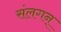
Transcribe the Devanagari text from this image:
संलगन्